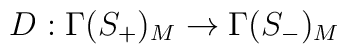
D : \Gamma (S_{+})_{M} \rightarrow \Gamma (S_{-})_{M}